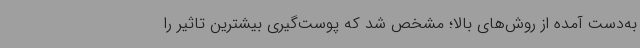
به‌دست آمده از روش‌های بالا؛ مشخص شد که پوست‌گیری بیشترین تاثیر را